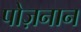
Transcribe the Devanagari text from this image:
पोज़नान